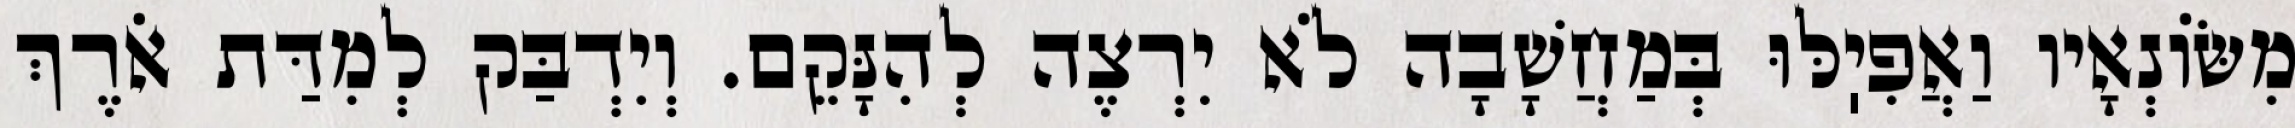
מִשּׂוֹנְאָיו וַאֲפִיֽלּוּ בְּמַחֲשָׁבָה לֹא יִרְצֶה לְהִנָּקֵם. וְיִדְבַּק לְמִדַּת אֹרֶךְ